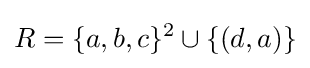
R=\{a,b,c\}^{2}\cup \{(d,a)\}